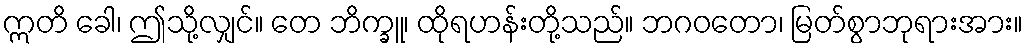
ဣတိ ခေါ၊ ဤသို့လျှင်။ တေ ဘိက္ခူ၊ ထိုရဟန်းတို့သည်။ ဘဂဝတော၊ မြတ်စွာဘုရားအား။